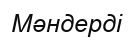
Мәндерді